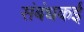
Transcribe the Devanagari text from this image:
संबंधकई